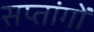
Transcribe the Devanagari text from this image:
सप्तांगों